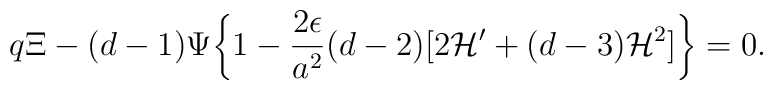
q \Xi - ( d- 1) \Psi \biggl\{ 1 - \frac{2 \epsilon}{a^2} ( d-2) [2 {\cal H}'  + (d-3) {\cal H}^2 ]\biggr\} =0.